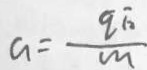
a = \frac { q \sqrt { 2 } } { m }